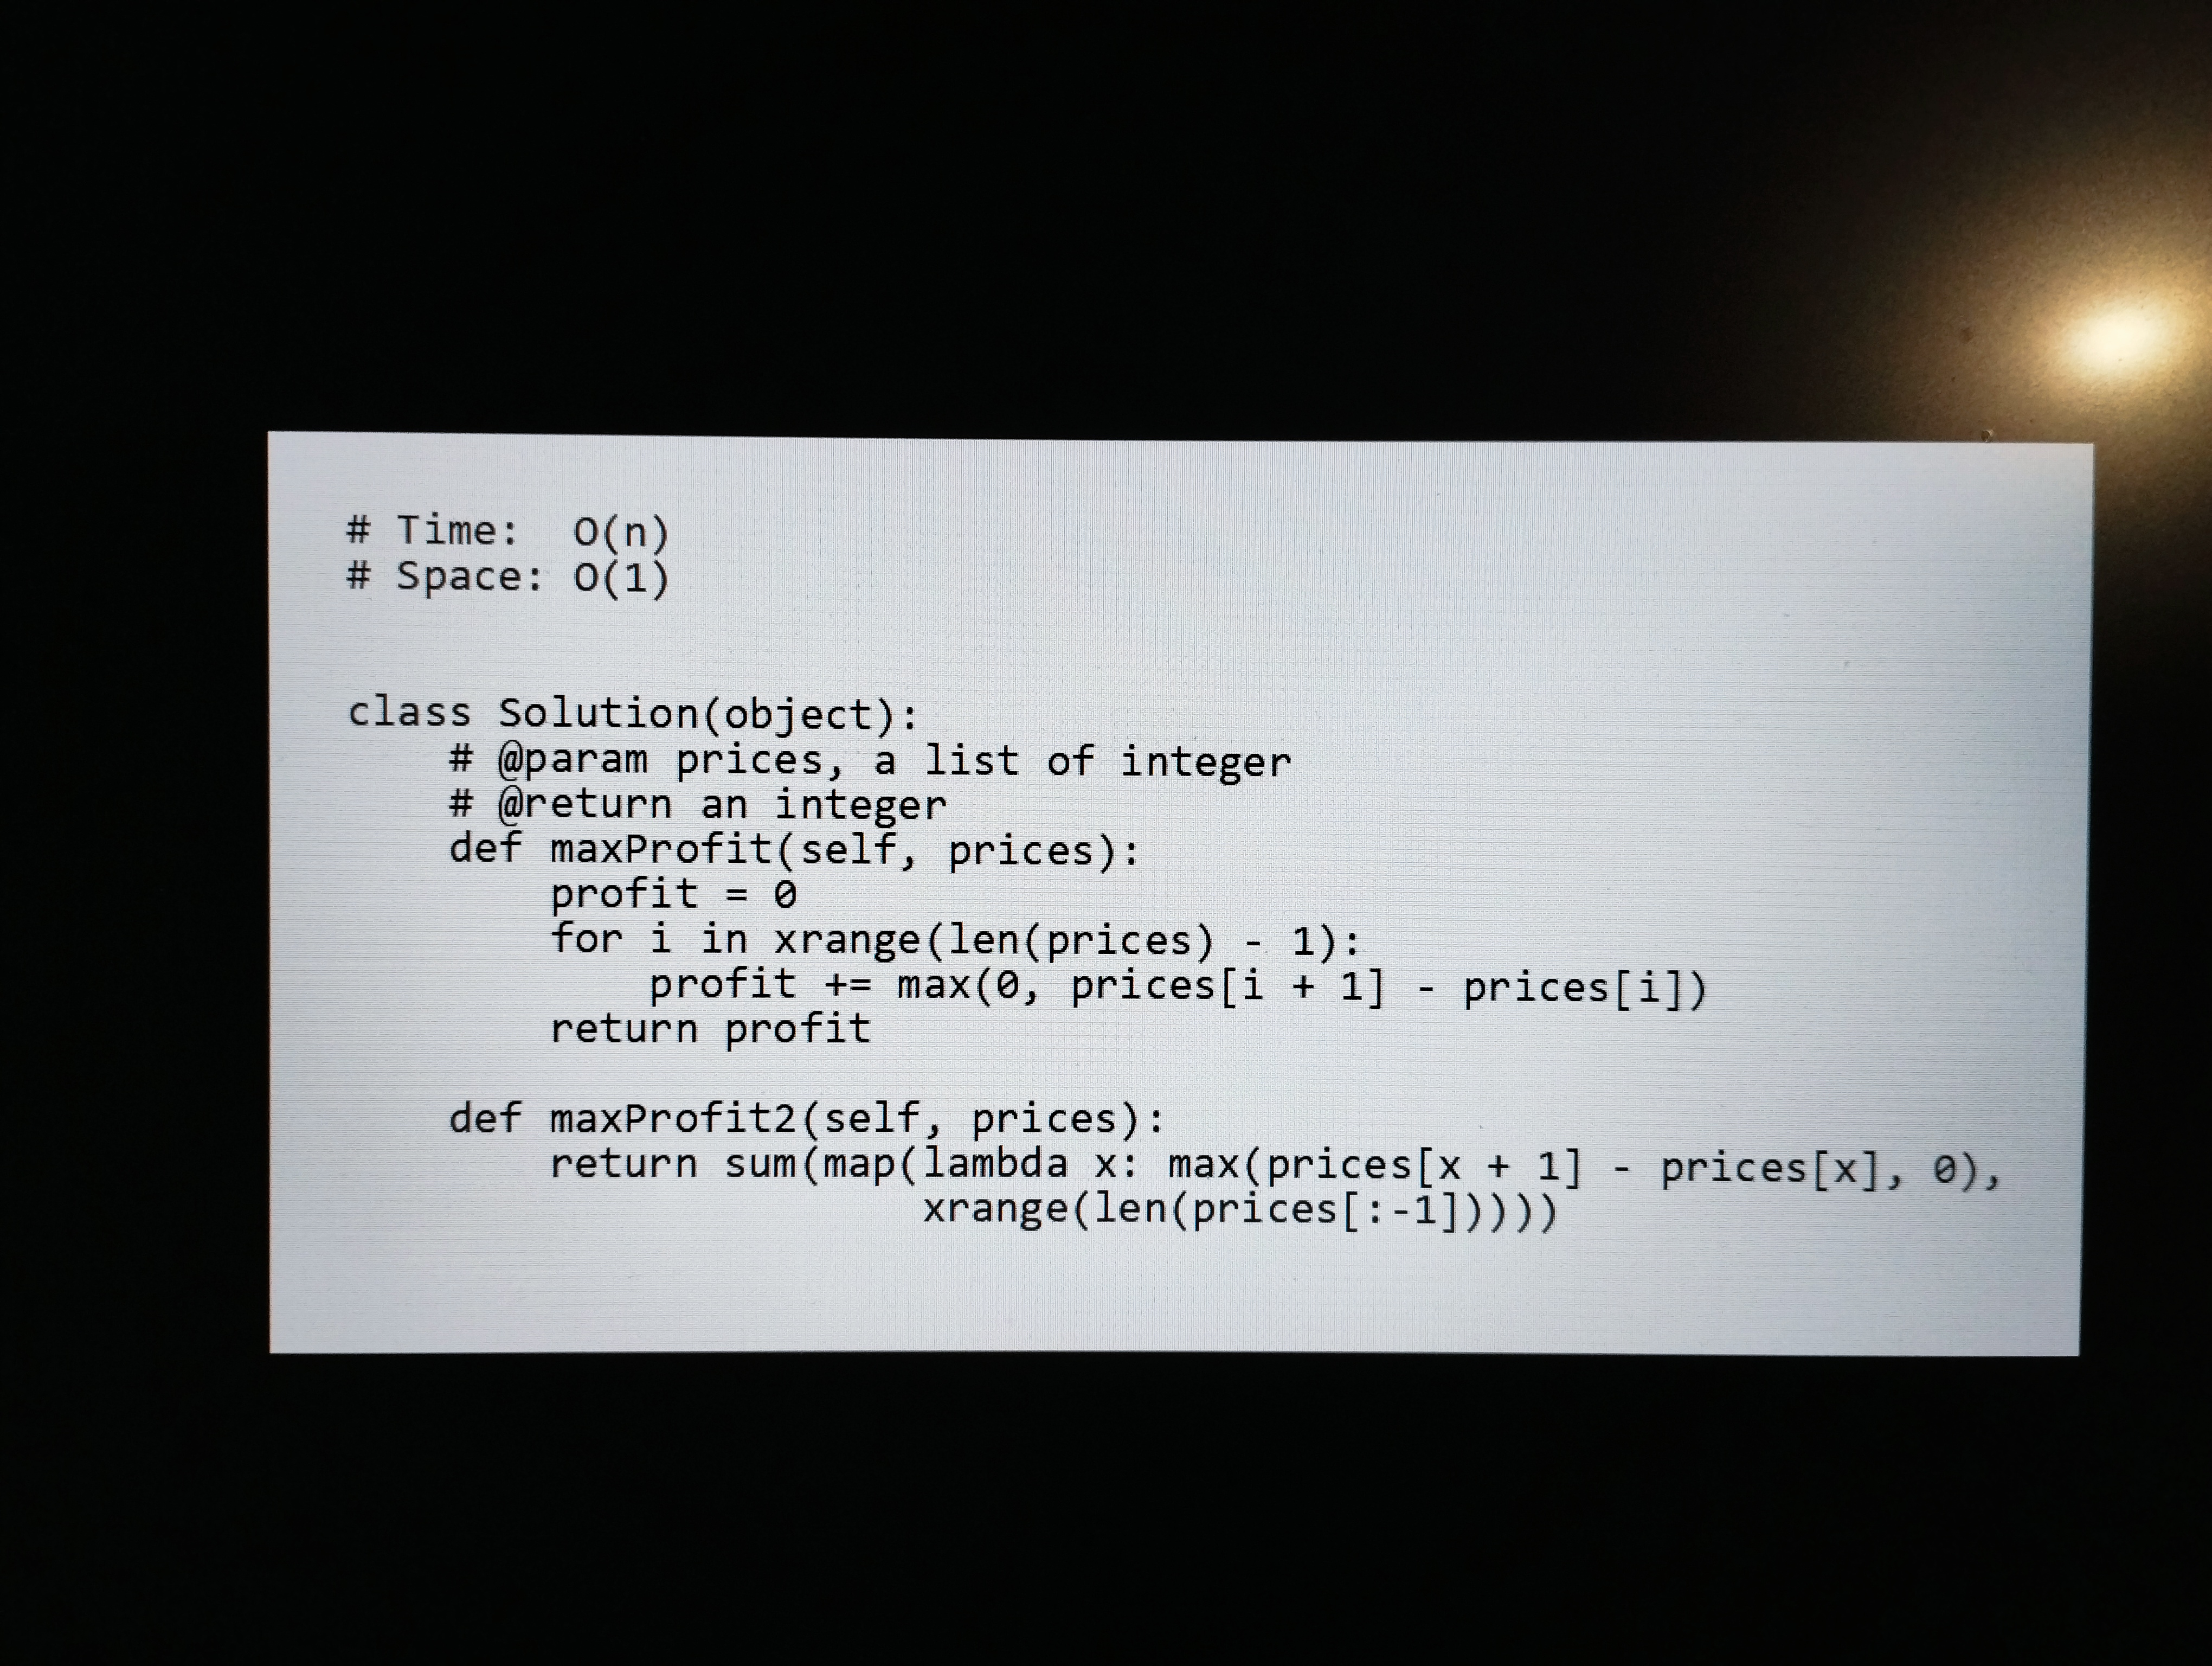
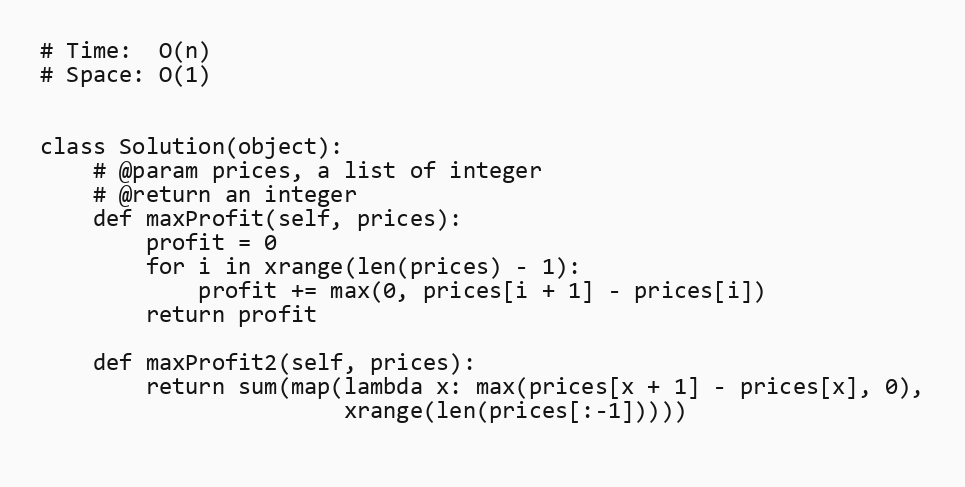
# Time:  O(n)
# Space: O(1)

class Solution(object):
    # @param prices, a list of integer
    # @return an integer
    def maxProfit(self, prices):
        profit = 0
        for i in xrange(len(prices) - 1):
            profit += max(0, prices[i + 1] - prices[i])
        return profit

    def maxProfit2(self, prices):
        return sum(map(lambda x: max(prices[x + 1] - prices[x], 0),
                       xrange(len(prices[:-1]))))